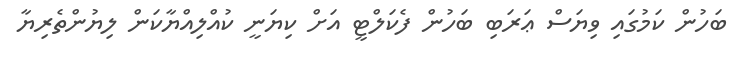
ބަހުން ކަމުގައި ވިޔަސް ޢަރަބި ބަހުން ފެކަލްޓީ އަށް ކިޔަނީ ކުއްލިއްޔާކަން ލިޔުންތެރިޔާ